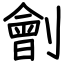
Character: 劊